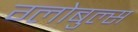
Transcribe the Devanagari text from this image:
ग्लोबुल्स